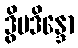
ဒွိပဒိန္ဒော